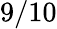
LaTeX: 9/10